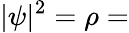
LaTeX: |\psi|^{2}=\rho=